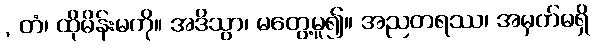
, တံ၊ ထိုမိန်းမကို။ အဒိသွာ၊ မတွေ့မူ၍။ အညတရဿ၊ အမှတ်မရှိ